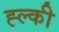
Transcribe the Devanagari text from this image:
ह्ल्की